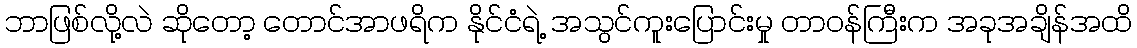
ဘာဖြစ်လို့လဲ ဆိုတော့ တောင်အာဖရိက နိုင်ငံရဲ့ အသွင်ကူးပြောင်းမှု တာဝန်ကြီးက အခုအချိန်အထိ